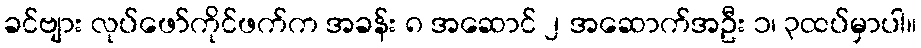
ခင်ဗျား လုပ်ဖော်ကိုင်ဖက်က အခန်း ၈ အဆောင် ၂ အဆောက်အဦး ၁၊ ၃ထပ်မှာပါ။